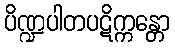
ပိဏ္ဍပါတပဋိက္ကန္တော